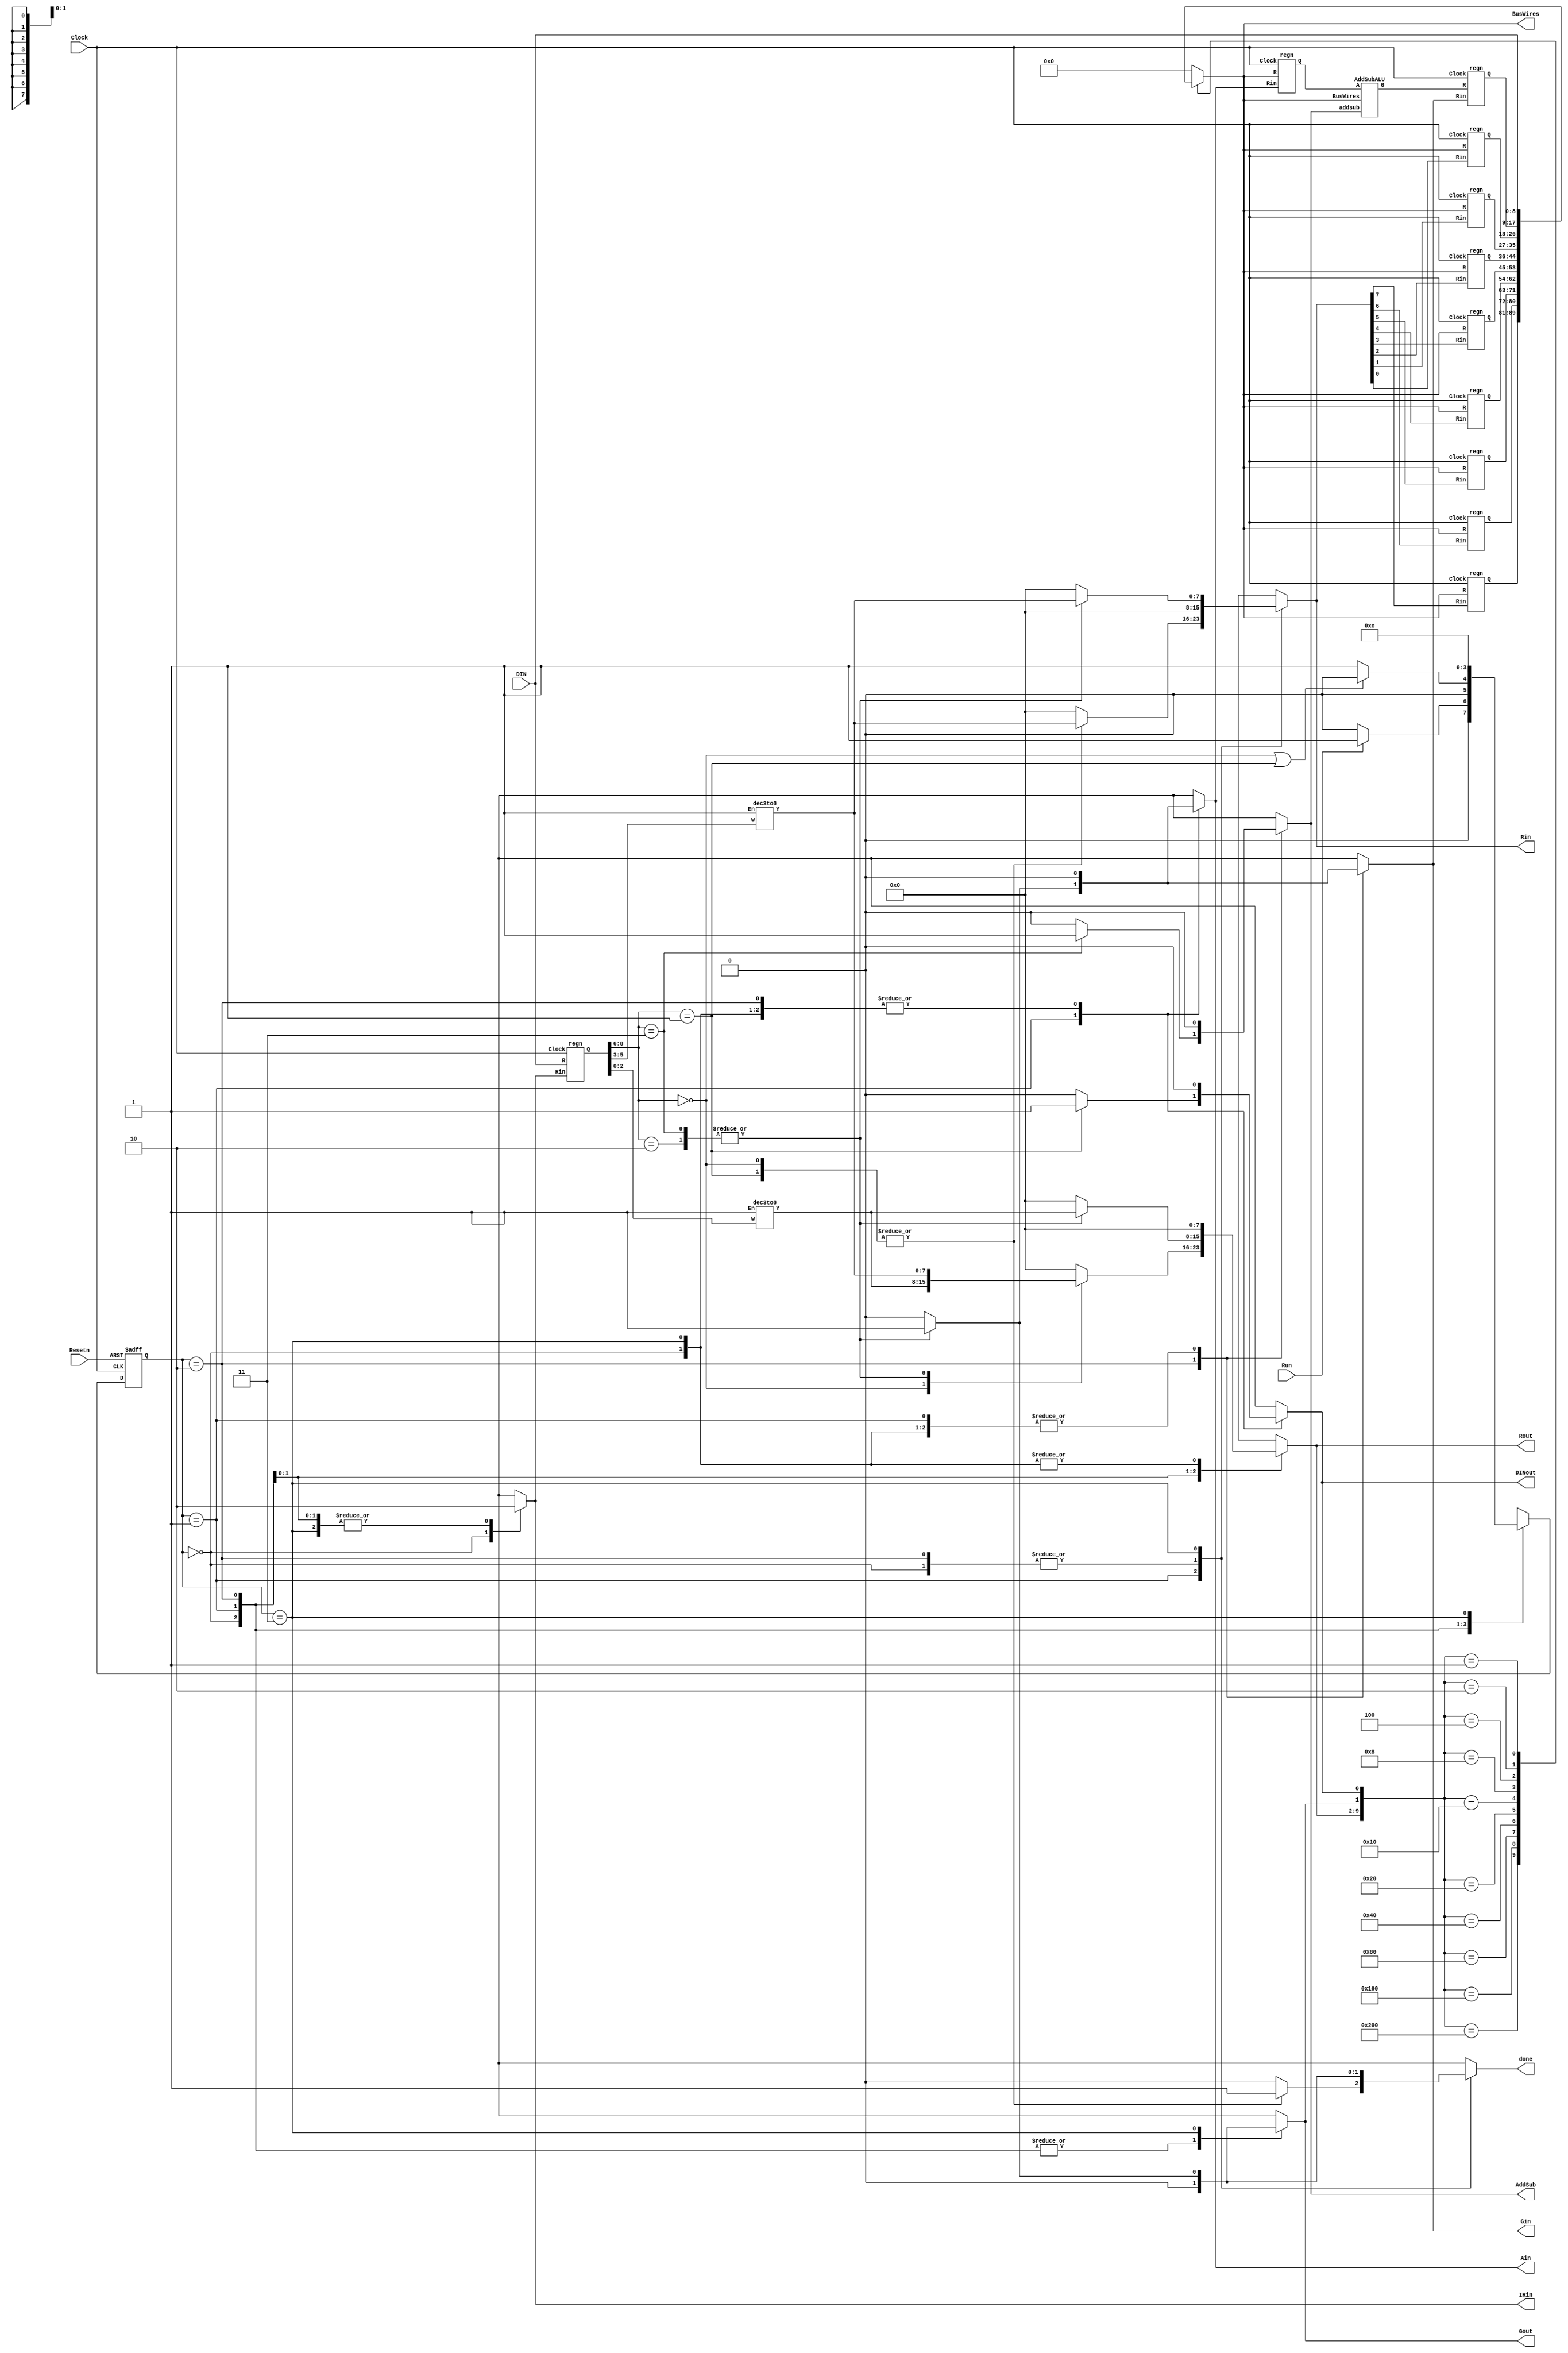
module proc(DIN, Resetn, Clock, Run, done, Gout, DINout, Ain, Gin, IRin, AddSub, Rout, Rin, BusWires);
	input [8:0] DIN;
	input Resetn, Clock, Run;
	

	output reg done, Gout, DINout;
	output reg Ain, Gin, IRin, AddSub;
	output reg [7:0] Rout, Rin;
	output reg [8:0] BusWires;
	
	wire [8:0] R0, R1, R2, R3, R4, R5, R6, R7, A, G, IR, AdderOut;
	reg [1:0] Tstep_D, Tstep_Q;
	wire [7:0] Xreg, Yreg;
	wire [2:0] I;
	wire [9:0] Sel;

	parameter T0 = 2'b00, T1 = 2'b01, T2 = 2'b10, T3 = 2'b11;
	parameter mv = 3'b000, mvi = 3'b001, add = 3'b010, sub = 3'b011;
		// declare other variables here... 

	
	assign I = IR[8:6]; //Instruction
	dec3to8 decX (IR[5:3], 1'b1, Xreg);
	dec3to8 decY (IR[2:0], 1'b1, Yreg);
	
	// Control FSM state table
	always @(Tstep_Q, Run, done, I)
	begin
		case (Tstep_Q)
			T0: // data is loaded into IR in this time step
				if (~Run) Tstep_D = T0;
				else Tstep_D = T1;
	 		T1: // If instruction is mv, mvi
				if(I == 0 | I == 1) Tstep_D = T0;
					else Tstep_D = T1;
			T2: Tstep_D = T3;
			T3: Tstep_D = T0;
		endcase
	end

  	// can add more parameters here

	// control FSM outputs
	always @(Tstep_Q or I or Xreg or Yreg)
	begin
		
		Rout = 0; 
		Rin = 0; 
		done = 0; 
		Ain = 0; 
		Gin = 0; 
		Gout = 0; 
		DINout = 0; 
		AddSub = 0;
		IRin = 0;

		case (Tstep_Q)
			T0: // store DIN in IR
				begin
					IRin = 1'b1; Rout = 0; Rin = 0; done = 0; Ain = 0; Gin = 0; Gout = 0; DINout = 0; AddSub = 0;
				end
			T1:   //define signals in time step T1
				case (I)
					mv: begin Rout = Yreg; Rin = Xreg; done = 1; IRin = 0; end
					mvi: begin DINout = 1; Rin = Xreg; done = 1; IRin = 0; end
					add: begin Rout = Xreg; Ain = 1; done = 0; IRin = 0; end
					sub: begin Rout = Xreg; Ain = 1; done = 0; IRin = 0; end
					default: begin Rout = 0; Rin = 0; done = 0; Ain = 0; Gin = 0; Gout = 0; DINout = 0; AddSub = 0; IRin = 0; end
				endcase
			T2:   //define signals in time step T2
				case (I)
					add: begin Rout = Yreg; Gin = 1; done = 0; IRin = 0; end
					sub: begin Rout = Yreg; Gin = 1; AddSub = 1; done = 0; IRin = 0; end
					default: begin Rout = 0; Rin = 0; done = 0; Ain = 0; Gin = 0; Gout = 0; DINout = 0; AddSub = 0; IRin = 0; end
				endcase
			T3:   //define signals in time step T3
				case (I)
					add: begin Gout = 1; Rin = Xreg; done = 1; IRin = 0; end
					sub: begin Gout = 1; Rin = Xreg; done = 1; IRin = 0; end
					default: begin Rout = 0; Rin = 0; done = 0; Ain = 0; Gin = 0; Gout = 0; DINout = 0; AddSub = 0; IRin = 0; end
				endcase
		endcase
	end

	// Control FSM flip-flops
	always @(posedge Clock, negedge Resetn)
		if (!Resetn)
			Tstep_Q <= T0;
		else
			Tstep_Q <= Tstep_D;	
	
	regn reg_0 (BusWires, Rin[7], Clock, R0);
	regn reg_1 (BusWires, Rin[6], Clock, R1);
	regn reg_2 (BusWires, Rin[5], Clock, R2);
	regn reg_3 (BusWires, Rin[4], Clock, R3);
	regn reg_4 (BusWires, Rin[3], Clock, R4);
	regn reg_5 (BusWires, Rin[2], Clock, R5);
	regn reg_6 (BusWires, Rin[1], Clock, R6);
	regn reg_7 (BusWires, Rin[0], Clock, R7);
	regn reg_A (BusWires, Ain, Clock, A);
	regn reg_G (AdderOut, Gin, Clock, G);
	regn reg_IR (DIN, IRin, Clock, IR);
	
	// ... instatiate or define alu (adder/sub unit)
	//Take in Buswires, AddSub, and A
	//Combine A and Buswires, add if AddSub is high.
	//Output to G
	AddSubALU AddOrSub (A, BusWires, AddSub, AdderOut);


	// define the internal processor bus (mux)
	assign Sel = {Rout, Gout, DINout};
	always @(Sel) begin
		case(Sel)
			10'b1000000000: BusWires = R0;
	   	10'b0100000000: BusWires = R1;
			10'b0010000000: BusWires = R2;
			10'b0001000000: BusWires = R3;
			10'b0000100000: BusWires = R4;
			10'b0000010000: BusWires = R5;
			10'b0000001000: BusWires = R6;
			10'b0000000100: BusWires = R7;
			10'b0000000010: BusWires = G;
			10'b0000000001: BusWires = DIN;
			default: BusWires = 0;
		endcase
	end
	
	// ... define the internal processor bus (mux)

endmodule

module AddSubALU (
	input [8:0] A, BusWires, 
	input addsub, 
	output reg [8:0] G
);
	always @(*) begin
		if (addsub) 
			G = A + BusWires; 
		else 
			G = A - BusWires;
	end
endmodule

module dec3to8(W, En, Y);
	input [2:0] W;
	input En;
	output [0:7] Y;
	reg [0:7] Y;
	
	always @(W or En)
	begin
		if (En == 1)
			case (W)
				3'b000: Y = 8'b10000000;
	   	   3'b001: Y = 8'b01000000;
				3'b010: Y = 8'b00100000;
				3'b011: Y = 8'b00010000;
				3'b100: Y = 8'b00001000;
				3'b101: Y = 8'b00000100;
				3'b110: Y = 8'b00000010;
				3'b111: Y = 8'b00000001;
			endcase
		else 
			Y = 8'b00000000;
	end
endmodule

module regn(R, Rin, Clock, Q);
	parameter n = 9;
	input [n-1:0] R;
	input Rin, Clock;
	output [n-1:0] Q;
	reg [n-1:0] Q;

	always @(posedge Clock)
	 	if (Rin)
			Q <= R;
endmodule